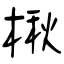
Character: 楸